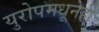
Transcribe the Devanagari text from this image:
युरोपमधूनही